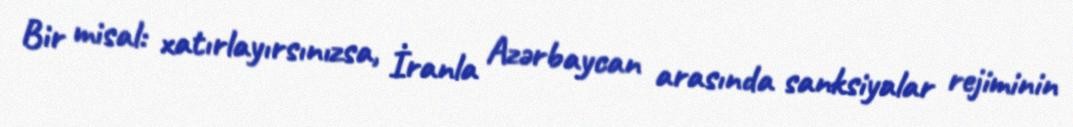
Bir misal: xatırlayırsınızsa, İranla Azərbaycan arasında sanksiyalar rejiminin